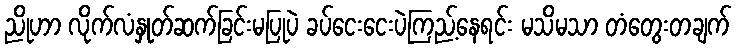
ညိုဟာ လိုက်လံနှုတ်ဆက်ခြင်းမပြုပဲ ခပ်ငေးငေးပဲကြည့်နေရင်း မသိမသာ တံတွေးတချက်